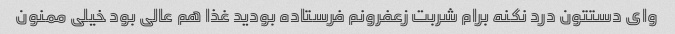
وای دستتون درد نکنه برام شربت زعفرونم فرستاده بودید غذا هم عالی بود خیلی ممنون